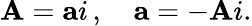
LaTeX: \mathbf{A}=\mathbf{a}i\, ,\quad\mathbf{a}=-\mathbf{A}i.